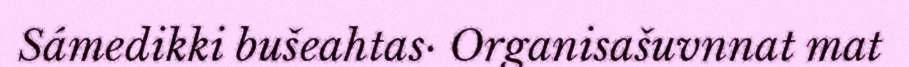
Sámedikki bušeahtas· Organisašuvnnat mat